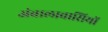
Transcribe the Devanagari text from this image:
अंबालावासियों